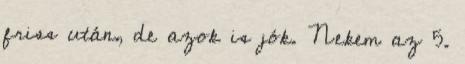
friss után, de azok is jók. Nekem az 5.